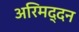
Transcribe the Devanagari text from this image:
अरिमद्दन